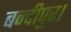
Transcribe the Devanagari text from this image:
बन्दीपुर।